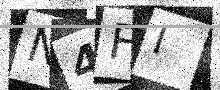
Text: N4FI